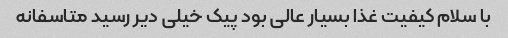
با سلام کیفیت غذا بسیار عالى بود پیک خیلى دیر رسید متاسفانه